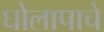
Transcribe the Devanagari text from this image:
घोलापाचे